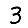
Digit: 3